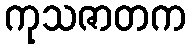
ကုသဇာတက